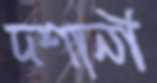
দশানী